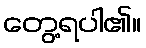
တွေ့ရပါ၏။